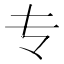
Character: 专